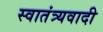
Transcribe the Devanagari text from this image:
स्वातंत्र्यवादी